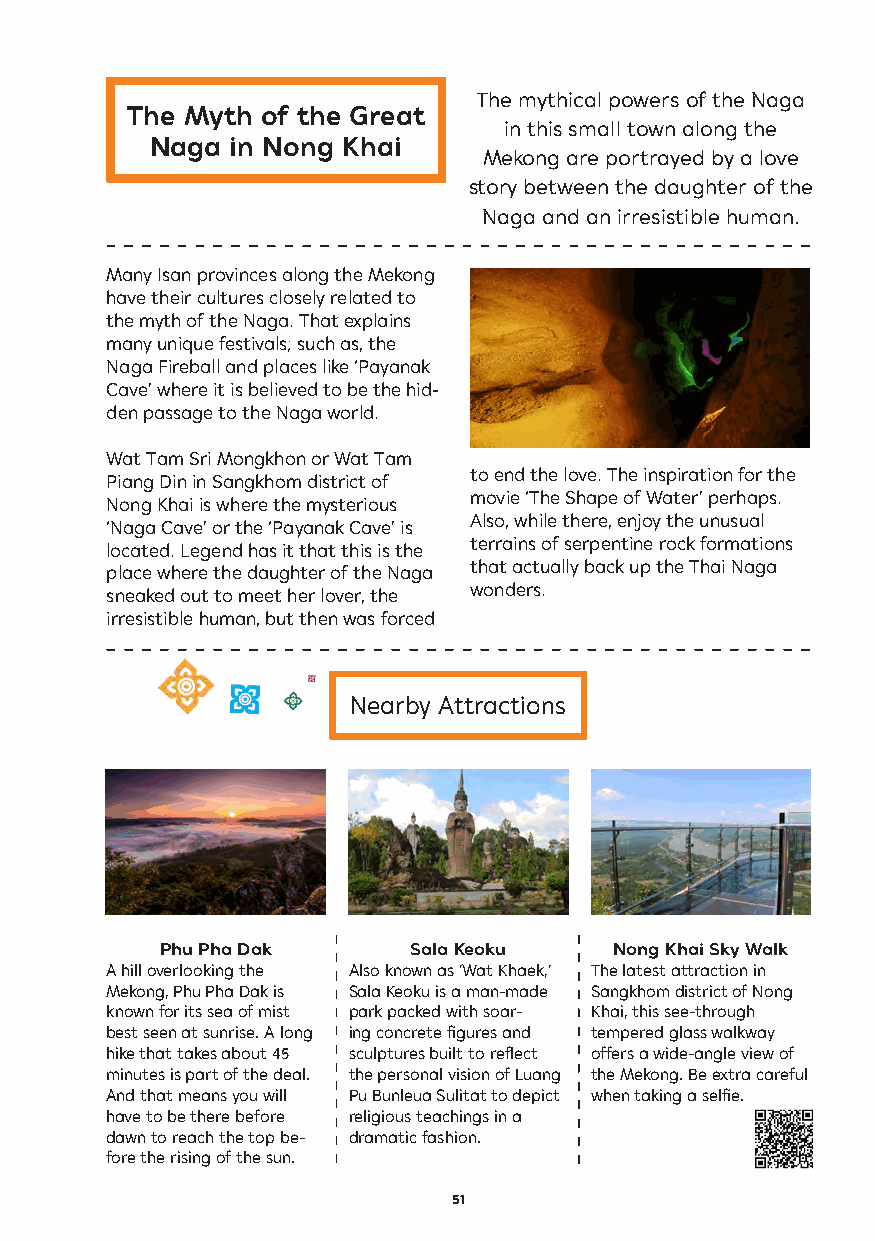
The mythical powers of the Naga
 The Myth of the Great
 in this small town along the
 Naga in Nong Khai
 Mekong are portrayed by a love
 story between the daughter of the
 Naga and an irresistible human.
 Many Isan provinces along the Mekong
 have their cultures closely related to
 the myth of the Naga. That explains
 many unique festivals; such as, the
 Naga Fireball and places like ‘Payanak
 Cave’ where it is believed to be the hid-
 den passage to the Naga world.
 Wat Tam Sri Mongkhon or Wat Tam
 to end the love. The inspiration for the
 Piang Din in Sangkhom district of
 movie ‘The Shape of Water’ perhaps.
 Nong Khai is where the mysterious
 Also, while there, enjoy the unusual
 ‘Naga Cave’ or the ‘Payanak Cave’ is
 terrains of serpentine rock formations
 located. Legend has it that this is the
 that actually back up the Thai Naga
 place where the daughter of the Naga
 wonders.
 sneaked out to meet her lover, the
 irresistible human, but then was forced
 Nearby Attractions
 Phu Pha Dak     Sala Keoku    Nong Khai Sky Walk
 A hill overlooking the Also known as ‘Wat Khaek,’ The latest attraction in
 Mekong, Phu Pha Dak is Sala Keoku is a man-made Sangkhom district of Nong
 known for its sea of mist park packed with soar- Khai, this see-through
 best seen at sunrise. A long ing concrete figures and tempered glass walkway
 hike that takes about 45 sculptures built to reflect offers a wide-angle view of
 minutes is part of the deal. the personal vision of Luang the Mekong. Be extra careful
 And that means you will Pu Bunleua Sulitat to depict when taking a selfie.
 have to be there before religious teachings in a
 dawn to reach the top be- dramatic fashion.
 fore the rising of the sun.
 51